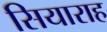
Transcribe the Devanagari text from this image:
सियाराह